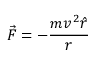
{ \vec { F } } = - { \frac { m v ^ { 2 } { \hat { r } } } { r } }